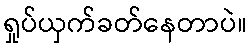
ရှုပ်ယှက်ခတ်နေတာပဲ။